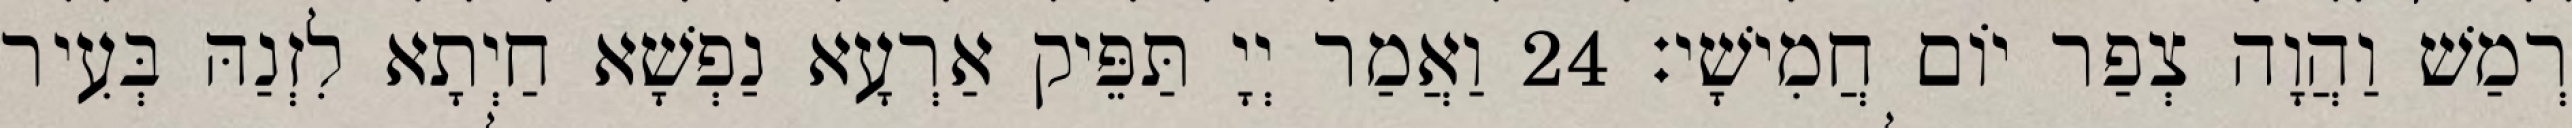
רְמַשׁ וַהֲוָה צְפַר יוֹם חֲמִישָׁי׃ 24 וַאֲמַר יְיָ תַּפֵּיק אַרְעָא נַפְשָׁא חַיְתָא לִזְנַהּ בְּעִיר